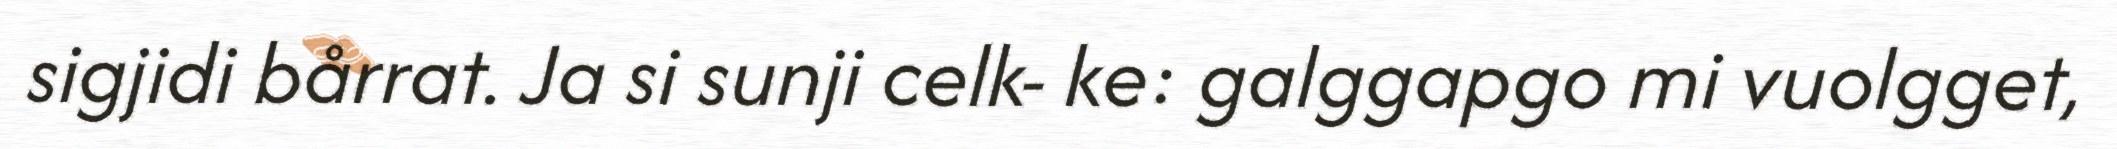
sigjidi bårrat. Ja si sunji celk- ke: galggapgo mi vuolgget,